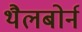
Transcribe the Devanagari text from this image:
थैलबोर्न